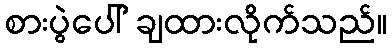
စားပွဲပေါ် ချထားလိုက်သည်။